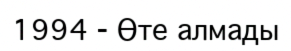
1994 - Өте алмады